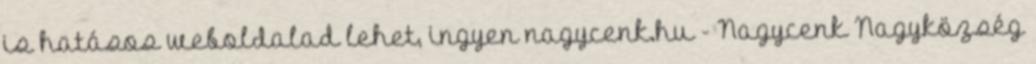
is hatásos weboldalad lehet, ingyen nagycenk.hu - Nagycenk Nagyközség